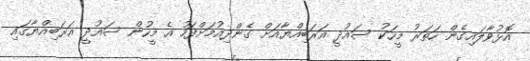
އޮޅުވާލައިގެން ހަތަރު މީހަކު ސައުދީ އަރަބިއްޔާއަށް ގެންދިއުމަށްފަހު އެ މީހުން ސައުދީ އަރަބިއްޔާގައި